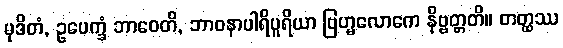
မုဒိတံ, ဥပေက္ခံ ဘာဝေတိ, ဘာဝနာပါရိပူရိယာ ဗြဟ္မလောကေ နိဗ္ဗတ္တတိ။ တတ္ထဿ